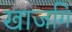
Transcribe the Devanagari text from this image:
खाजगि